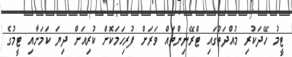
ޓީމު ހޭދަކުރި މުއްދަތުގައި ޓްރޭނިންތައް ވަރަށް ފުރިހަމަކޮށް ކުރިއަށް ދިޔަ ކަމަށާއި ޓީމުގެ